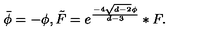
\bar { \phi } = - \phi , \tilde { F } = e ^ { \frac { - 4 \sqrt { d - 2 } \phi } { d - 3 } } \ast F .